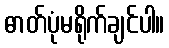
ဓာတ်ပုံမရိုက်ချင်ပါ။